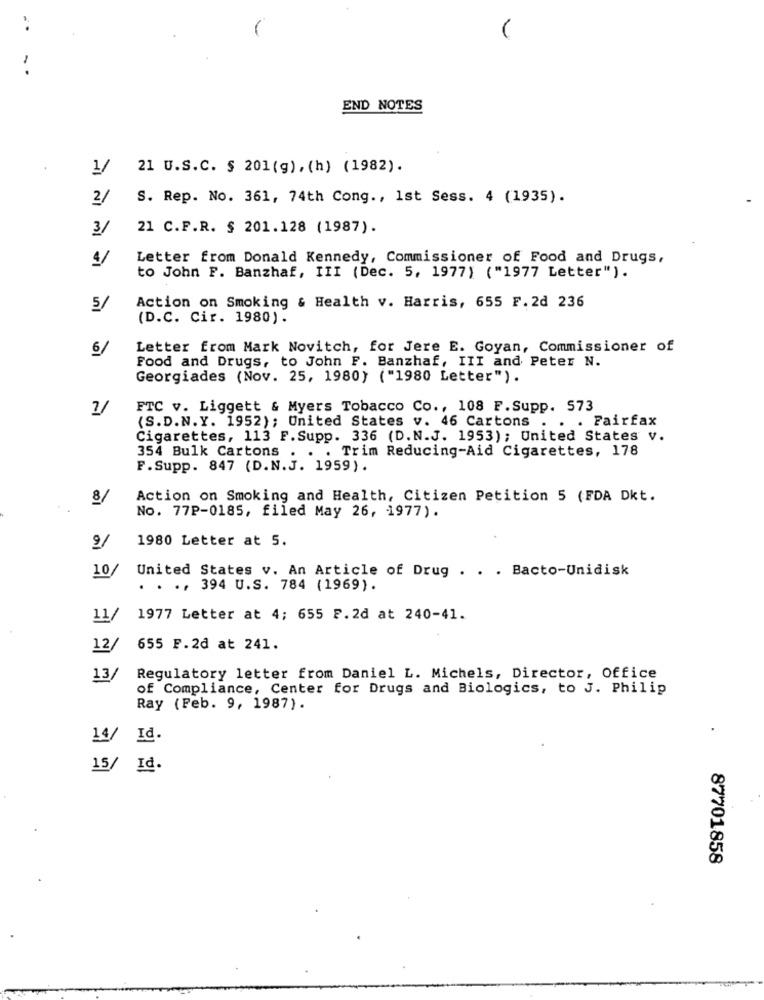
-
END NOTES
1/
21 U.S.C. § 201 (g), (h) (1982).
2/
S. Rep. No. 361, 74th Cong ., 1st Sess. 4 (1935).
3/
21 C.F.R. $ 201.128 (1987).
4/
Letter from Donald Kennedy, Commissioner of Food and Drugs,
to John F. Banzhaf, III (Dec. 5, 1977) ("1977 Letter").
Action on Smoking & Health v. Harris, 655 F. 2d 236
5/
(D.C. Cir. 1980).
6/
Letter from Mark Novitch, for Jere E. Goyan, Commissioner of
Food and Drugs, to John F. Banzhaf, III and Peter N.
Georgiades (Nov. 25, 1980) ("1980 Letter").
FTC v. Liggett & Myers Tobacco Co ., 108 F. Supp. 573
. Fairfax
(S.D.N.Y. 1952); United States v. 46 Cartons
Cigarettes, 113 F.Supp. 336 (D.N.J. 1953); United States v.
.. Trim Reducing-Aid Cigarettes, 178
354 Bulk Cartons .
F.Supp. 847 (D.N.J. 1959).
8/
Action on Smoking and Health, Citizen Petition 5 (FDA Dkt.
No. 77P-0185, filed May 26, 1977).
9/
1980 Letter at 5.
10
United States v. An Article of Drug . . . Bacto-Unidisk
. . ., 394 U.S. 784 (1969).
11/
1977 Letter at 4; 655 F.2d at 240-41.
12/
655 F.2d at 241.
13/
Regulatory letter from Daniel L. Michels, Director, Office
of Compliance, Center for Drugs and Biologics, to J. Philip
Ray (Feb. 9, 1987).
14/
Id.
15/ Id.
87701858